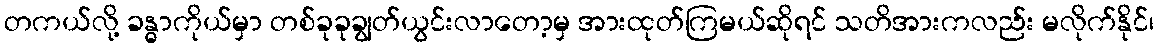
တကယ်လို့ ခန္ဓာကိုယ်မှာ တစ်ခုခုချွတ်ယွင်းလာတော့မှ အားထုတ်ကြမယ်ဆိုရင် သတိအားကလည်း မလိုက်နိုင်၊